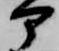
部